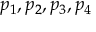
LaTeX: p _ { 1 } , p _ { 2 } , p _ { 3 } , p _ { 4 }